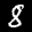
Label: 8